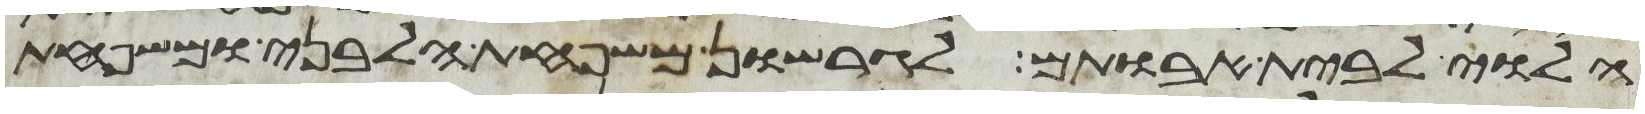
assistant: הלוי לבית אבותם לגרשון משפחת הלבני ומשפחת